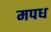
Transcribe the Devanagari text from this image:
मपध